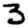
Digit: 3